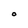
Character: O